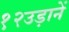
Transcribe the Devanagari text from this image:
१२उड़ानें